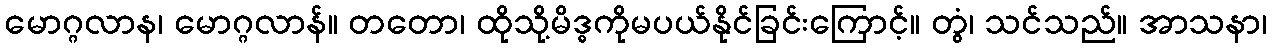
မောဂ္ဂလာန၊ မောဂ္ဂလာန်။ တတော၊ ထိုသို့မိဒ္ဓကိုမပယ်နိုင်ခြင်းကြောင့်။ တွံ၊ သင်သည်။ အာသနာ၊